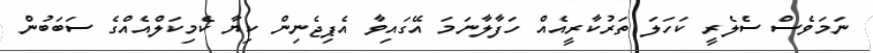
ނަމަވެސް ސެލެރީ ކަހަލަ ތަރުކާރީއެއް ހަފާލާނަމަ އޭގައިވާ އެޕިޖެނިން ކިޔާ ކެމިކަލްއެއްގެ ސަބަބުން